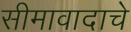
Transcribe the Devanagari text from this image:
सीमावादाचे